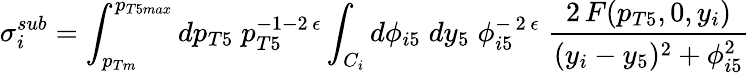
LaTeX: \sigma_{i}^{sub}=\int_{p_{Tm}}^{p_{T5max}}dp_{T5}\; p_{T5}^{-1-2\, \epsilon}\int_{C_{i}}d\phi_{i5}\; dy_{5}\; \phi_{i5}^{-\, 2\, \epsilon}\; \frac{2\, F(p_{T5},0,y_{i})}{(y_{i}-y_{5})^{2}+\phi_{i5}^{2}}